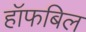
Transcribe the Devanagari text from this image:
हॉफबिल